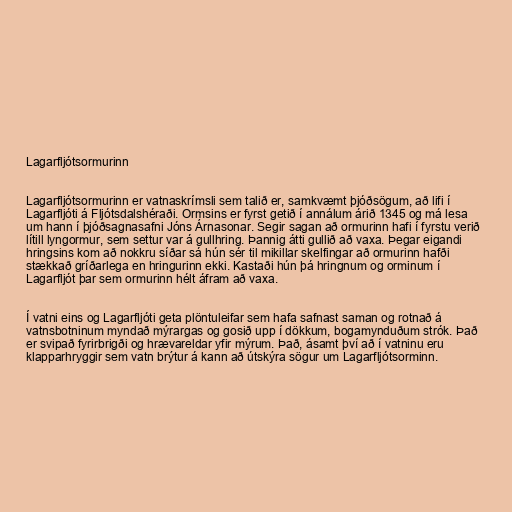
Lagarfljótsormurinn

Lagarfljótsormurinn er vatnaskrímsli sem talið er, samkvæmt þjóðsögum, að lifi í
Lagarfljóti á Fljótsdalshéraði. Ormsins er fyrst getið í annálum árið 1345 og má lesa
um hann í þjóðsagnasafni Jóns Árnasonar. Segir sagan að ormurinn hafi í fyrstu verið
lítill lyngormur, sem settur var á gullhring. Þannig átti gullið að vaxa. Þegar eigandi
hringsins kom að nokkru síðar sá hún sér til mikillar skelfingar að ormurinn hafði
stækkað gríðarlega en hringurinn ekki. Kastaði hún þá hringnum og orminum í
Lagarfljót þar sem ormurinn hélt áfram að vaxa.

Í vatni eins og Lagarfljóti geta plöntuleifar sem hafa safnast saman og rotnað á
vatnsbotninum myndað mýrargas og gosið upp í dökkum, bogamynduðum strók. Það
er svipað fyrirbrigði og hrævareldar yfir mýrum. Það, ásamt því að í vatninu eru
klapparhryggir sem vatn brýtur á kann að útskýra sögur um Lagarfljótsorminn.